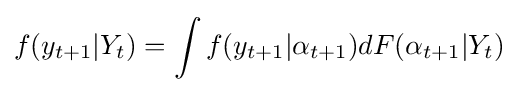
f(y_{t+1}|Y_{t})=\int f(y_{t+1}|\alpha _{t+1})dF(\alpha _{t+1}|Y_{t})